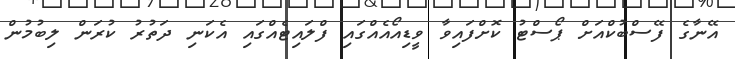
އޭނާގެ ފޭސްބުކްއަށް ޕޯސްޓު ކޮށްފައިވާ ވީޑިއޯއެއްގައި ފްލައިޓެއްގައި އެކަނި ދަތުރު ކުރަން ލިބުމުން